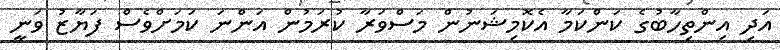
އަދި އިންތިހާބުގެ ކަންކަމާ އެކޮމިޝަނުން މަސްވަރާ ކުރަމުން އަންނަ ކަމަށްވެސް ފަޔާޒު ވަނީ